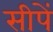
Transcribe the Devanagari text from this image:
सीपें